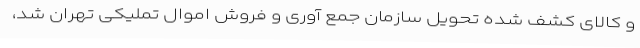
و کالای کشف شده تحویل سازمان جمع آوری و فروش اموال تملیکی تهران شد،